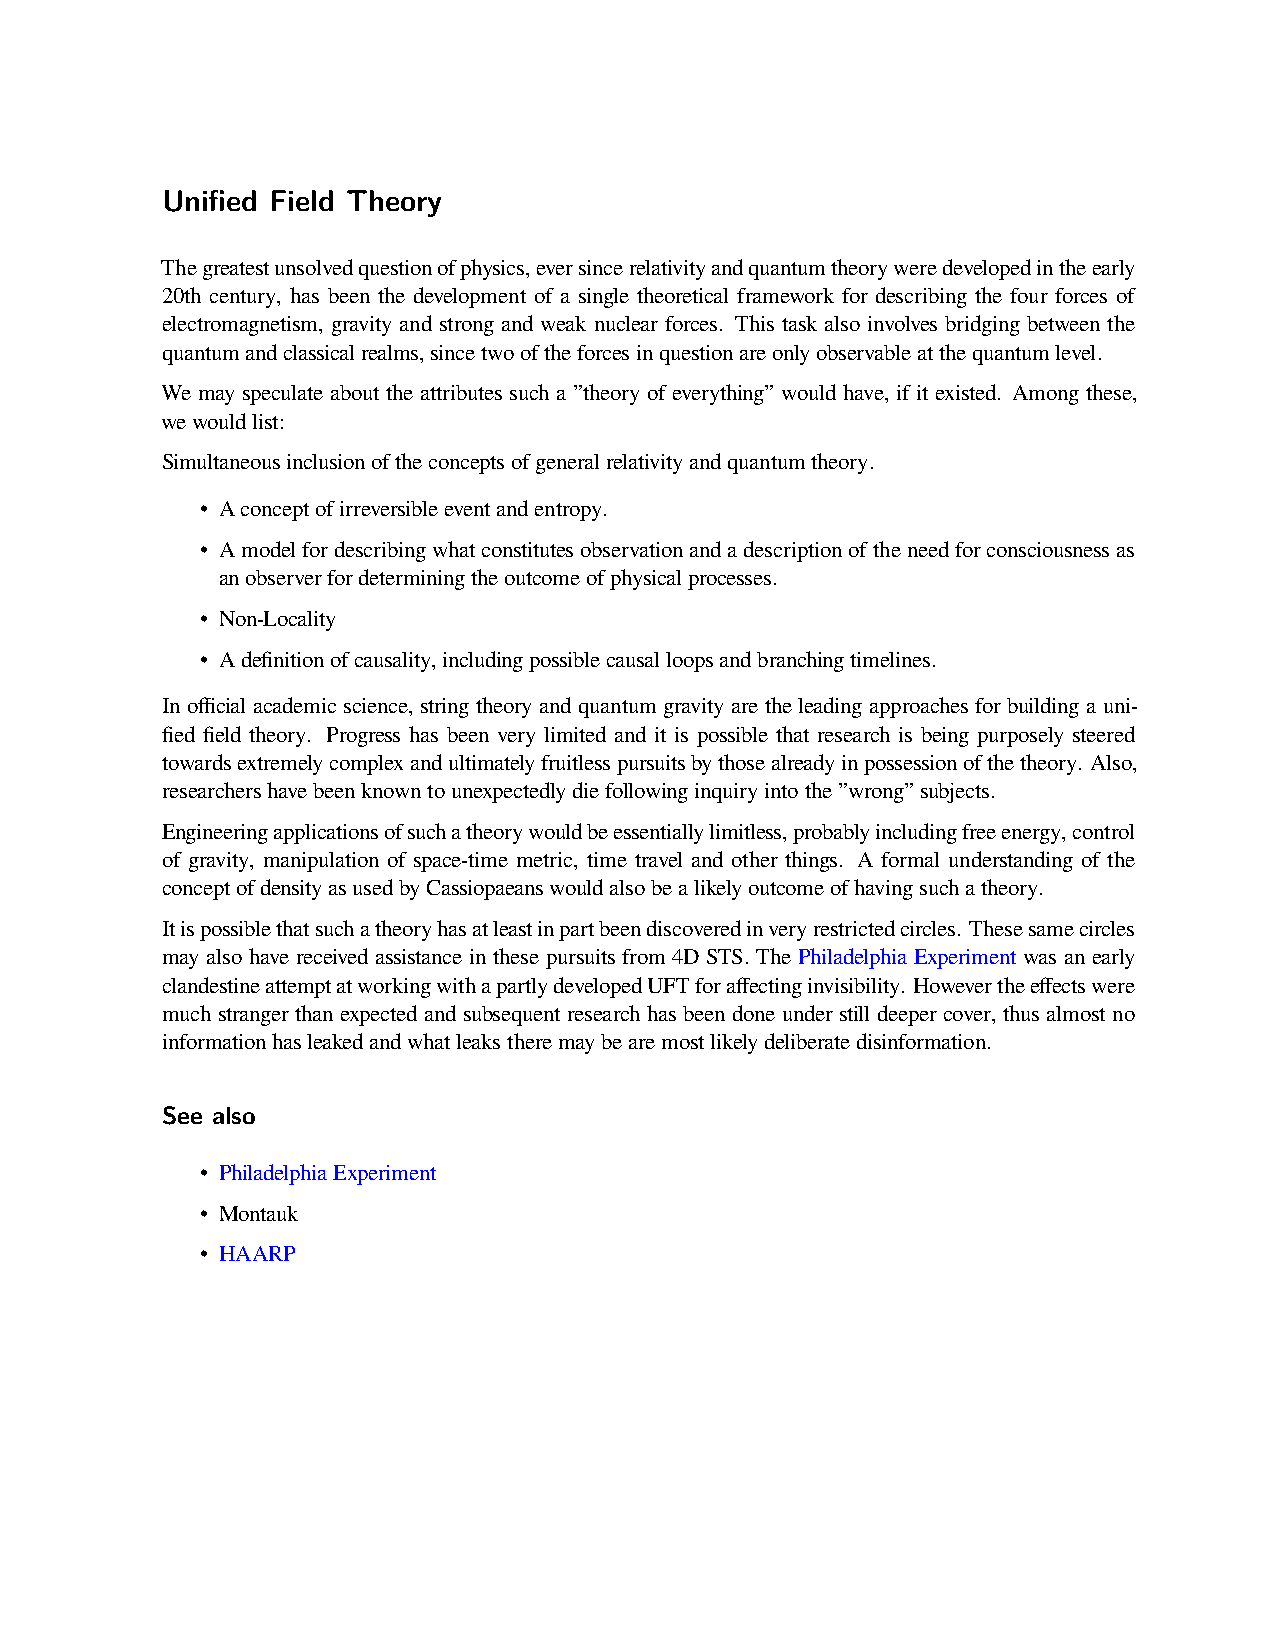
Unified Field Theory
 Thegreatestunsolvedquestionofphysics,eversincerelativityandquantumtheoryweredevelopedintheearly
 20th century, has been the development of a single theoretical framework for describing the four forces of
 electromagnetism, gravity and strong and weak nuclear forces. This task also involves bridging between the
 quantumandclassicalrealms,sincetwooftheforcesinquestionareonlyobservableatthequantumlevel.
 We may speculate about the attributes such a ”theory of everything” would have, if it existed. Among these,
 wewouldlist:
 Simultaneousinclusionoftheconceptsofgeneralrelativityandquantumtheory.
 • Aconceptofirreversibleeventandentropy.
 • Amodelfordescribingwhatconstitutesobservationandadescriptionoftheneedforconsciousnessas
 anobserverfordeterminingtheoutcomeofphysicalprocesses.
 • Non-Locality
 • Adefinitionofcausality,includingpossiblecausalloopsandbranchingtimelines.
 In official academic science, string theory and quantum gravity are the leading approaches for building a uni-
 fied field theory. Progress has been very limited and it is possible that research is being purposely steered
 towardsextremelycomplexandultimatelyfruitlesspursuitsbythosealreadyinpossessionofthetheory. Also,
 researchershavebeenknowntounexpectedlydiefollowinginquiryintothe”wrong”subjects.
 Engineeringapplicationsofsuchatheorywouldbeessentiallylimitless,probablyincludingfreeenergy,control
 of gravity, manipulation of space-time metric, time travel and other things. A formal understanding of the
 conceptofdensityasusedbyCassiopaeanswouldalsobealikelyoutcomeofhavingsuchatheory.
 Itispossiblethatsuchatheoryhasatleastinpartbeendiscoveredinveryrestrictedcircles. Thesesamecircles
 may also have received assistance in these pursuits from 4D STS. The Philadelphia Experiment was an early
 clandestineattemptatworkingwithapartlydevelopedUFTforaffectinginvisibility. Howevertheeffectswere
 much stranger than expected and subsequent research has been done under still deeper cover, thus almost no
 informationhasleakedandwhatleakstheremaybearemostlikelydeliberatedisinformation.
 See also
 • PhiladelphiaExperiment
 • Montauk
 • HAARP